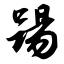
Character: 踢